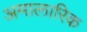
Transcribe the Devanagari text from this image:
अमालारिक